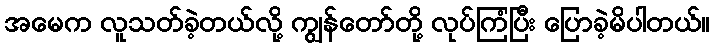
အမေက လူသတ်ခဲ့တယ်လို့ ကျွန်တော်တို့ လုပ်ကြံပြီး ပြောခဲ့မိပါတယ်။